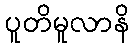
ပူတိမူလာနိ